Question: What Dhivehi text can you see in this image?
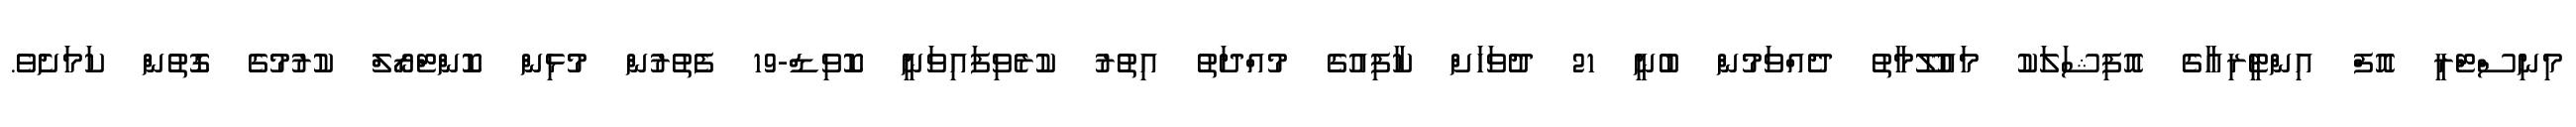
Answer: މިނިސްޓްރީ އޮފް އިންޓީރިއާގެ އޮފިޝަލަކު މައުލޫމާތު ދެއްވަމުން ބުނީ 21 ދުވަހަށް ކާފިއުގެ މުއްދަތު އިތުރު ކުރެވިފައިވަނީ ކޮވިޑް-19 ފެތުރުން މުޅިން ކޮންޓްރޯލް ކުރުމުގެ ގޮތުން ކަމަށެވެ.